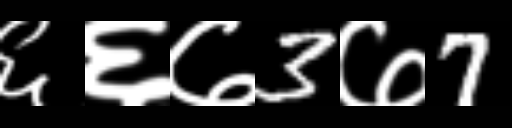
Text: ६६७3७7